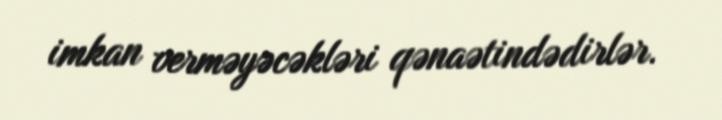
imkan verməyəcəkləri qənaətindədirlər.